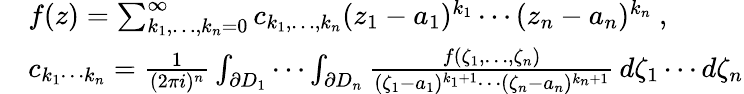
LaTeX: {\begin{array}{rl}&{f(z)=\sum_{k_{1},\dots,k_{n}=0}^{\infty}c_{k_{1},\dots,k_{n}}(z_{1}-a_{1})^{k_{1}}\cdots(z_{n}-a_{n})^{k_{n}}\ ,}\\ &{c_{k_{1}\cdots k_{n}}={\frac{1}{(2\pi i)^{n}}}\int_{\partial D_{1}}\cdots\int_{\partial D_{n}}{\frac{f(\zeta_{1},\dots,\zeta_{n})}{(\zeta_{1}-a_{1})^{k_{1}+1}\cdots(\zeta_{n}-a_{n})^{k_{n}+1}}}\, d\zeta_{1}\cdots d\zeta_{n}}\end{array}}